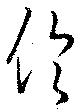
倫